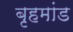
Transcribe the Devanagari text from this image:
बृहमांड